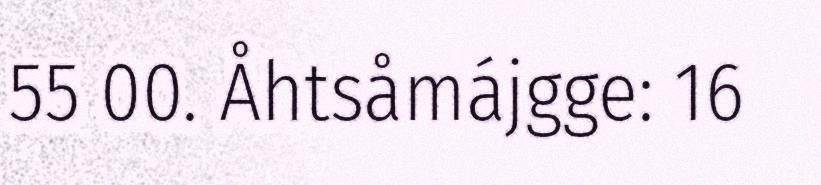
55 00. Åhtsåmájgge: 16